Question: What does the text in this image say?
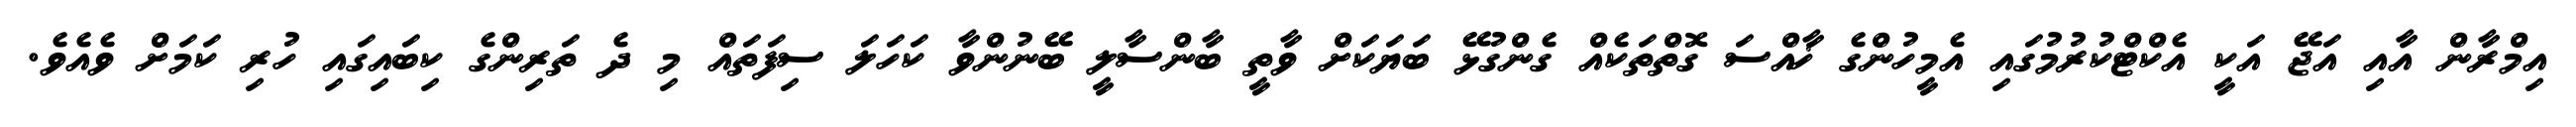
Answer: އިމްރާން އާއި އަޖޭ އަކީ އެކްޓްކުރުމުގައި އެމީހުންގެ ޚާއްސަ ގޮތްތަކެއް ގެންގުޅޭ ބަޔަކަށް ވާތީ ބާންސާލީ ބޭނުންވާ ކަހަލަ ސިފަތައް މި ދެ ތަރިންގެ ކިބައިގައި ހުރި ކަމަށް ވެއެވެ.